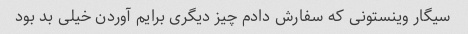
سیگار وینستونی که سفارش دادم چیز دیگری برایم آوردن خیلی بد بود